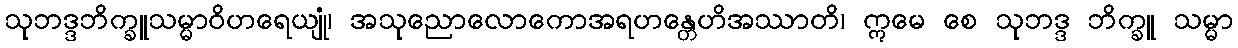
သုဘဒ္ဒဘိက္ခူသမ္မာဝိဟရေယျုံ၊ အသုညောလောကောအရဟန္တေဟိအဿာတိ၊ ဣမေ စေ သုဘဒ္ဒ ဘိက္ခူ သမ္မာ